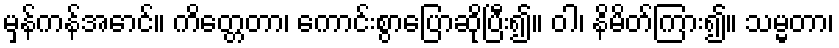
မှန်ကန်အောင်။ ကိတ္တေတာ၊ ကောင်းစွာပြောဆိုပြီး၍။ ဝါ၊ နိမိတ်ကြား၍။ သမ္မတာ၊